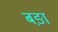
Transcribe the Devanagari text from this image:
बङ़ा